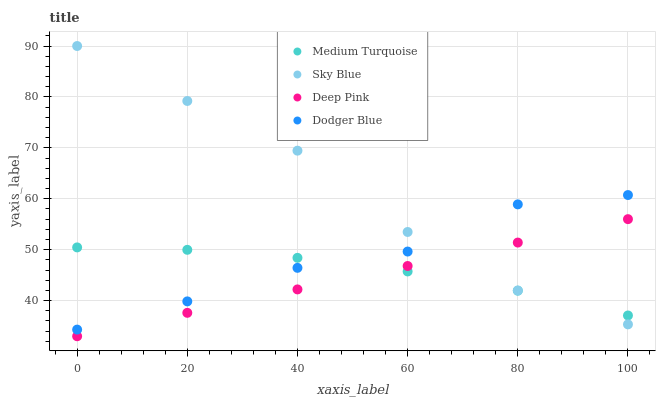
| xaxis_label | Medium Turquoise | Sky Blue | Deep Pink | Dodger Blue |
 | --- | --- | --- | --- | --- |
 | 0 | 50.4 | 90 | 33 | 34.3 |
 | 20 | 50 | 79.2 | 37.6 | 39.8 |
 | 40 | 48.4 | 69.4 | 42.2 | 46.4 |
 | 60 | 45.7 | 53.5 | 46.8 | 49.6 |
 | 80 | 42 | 42 | 51.4 | 58.9 |
 | 100 | 37.1 | 35.3 | 56 | 60.7 |